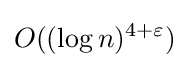
O((\log n)^{4+\varepsilon })